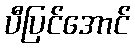
ပီပြင်အောင်